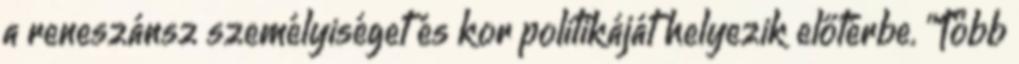
a reneszánsz személyiséget és kor politikáját helyezik előtérbe. "Több